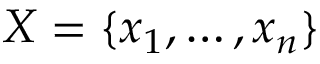
X = \{ x _ { 1 } , \ldots , x _ { n } \}